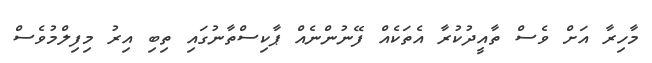
މާހިރާ އަށް ވެސް ތާއީދުކުރާ އެތަކެއް ފޭނުންނެއް ޕާކިސްތާނުގައި ތިބި އިރު މިފިލްމުވެސް